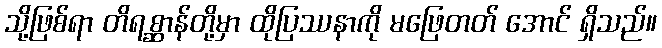
သို့ဖြစ်ရာ တိရစ္ဆာန်တို့မှာ ထိုပြဿနာကို မဖြေတတ် အောင် ရှိသည်။